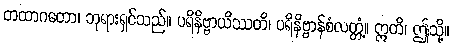
တထာဂတော၊ ဘုရားရှင်သည်။ ပရိနိဗ္ဗာယိဿတိ၊ ပရိနိဗ္ဗာန်စံလတ္တံ့။ ဣတိ၊ ဤသို့။